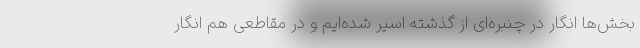
بخش‌ها انگار در چنبره‌ای از گذشته اسیر شده‌ایم و در مقاطعی هم انگار